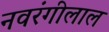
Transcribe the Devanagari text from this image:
नवरंगीलाल